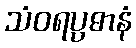
သံဝရပ္ပဓာနံ